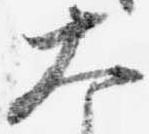
大